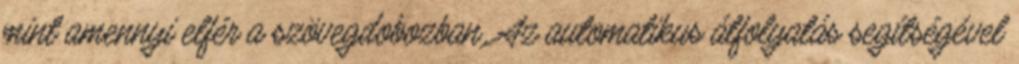
mint amennyi elfér a szövegdobozban. Az automatikus átfolyatás segítségével